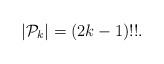
LaTeX: \begin{align*}|\mathcal{P}_k| &= (2k-1)!!.\end{align*}